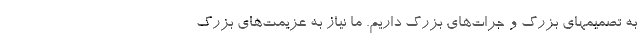
به تصمیمهای بزرگ و جرات‌های بزرگ داریم. ما نیاز به عزیمت‌های بزرگ